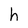
Character: h